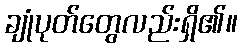
ချုံပုတ်တွေလည်းရှိ၏။